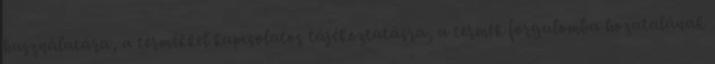
használatára, a termékkel kapcsolatos tájékoztatásra, a termék forgalomba hozatalának